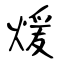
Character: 煖